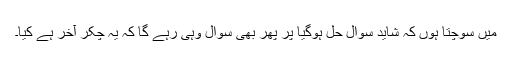
میں سوچتا ہوں کہ شاید سوال حل ہوگیا پر پھر بھی سوال وہی رہے گا کہ یہ چکّر آخر ہے کیا۔